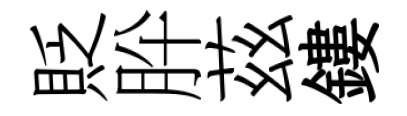
貶肸茲鏤